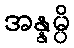
အန္နမ္ပိ